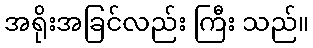
အရိုးအခြင်လည်း ကြီး သည်။